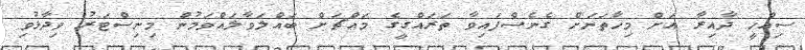
ސިއްހީ ދާއިރާ އަށް މިހާތަނަށް ގެނެސްފައިވާ ތަރައްގީގެ މައްޗަށް ބައްލަވާލައްވަމުން މިނިސްޓަރު ވިދާޅުވި